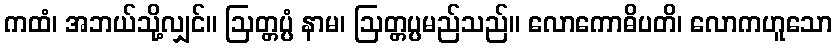
ကထံ၊ အဘယ်သို့လျှင်။ ဩတ္တပ္ပံ နာမ၊ ဩတ္တပ္ပမည်သည်။ လောကောဓိပတိ၊ လောကဟူသော